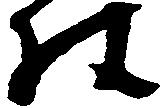
様